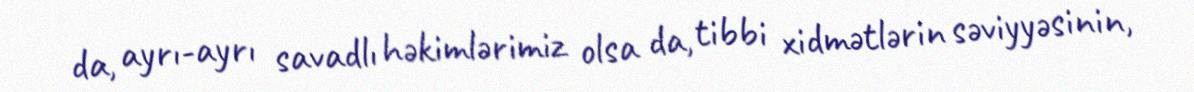
da, ayrı-ayrı savadlı həkimlərimiz olsa da, tibbi xidmətlərin səviyyəsinin,